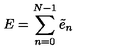
E = \sum _ { n = 0 } ^ { N - 1 } \tilde { e } _ { n }